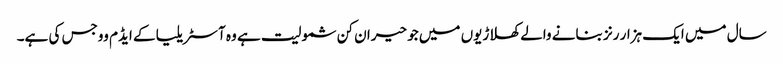
سال میں ایک ہزار رنز بنانے والے کھلاڑیوں میں جو حیران کن شمولیت ہے وہ آسٹریلیا کے ایڈم ووجس کی ہے۔